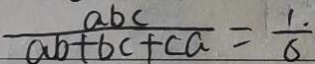
\frac { a b c } { a b + b c + c a } = \frac { 1 . } { 6 }